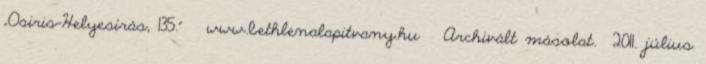
„Osiris-Helyesírás, 135.” ↑ www.bethlenalapitvany.hu ↑ Archivált másolat. 2011. július